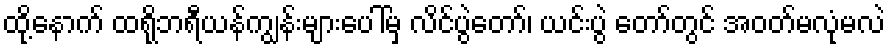
ထို့နောက် ထရိုဘရီယန်ကျွန်းများပေါ်မှ လိင်ပွဲတော်၊ ယင်းပွဲ တော်တွင် အဝတ်မလုံမလဲ